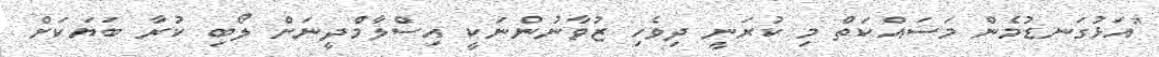
"އަޅުގަނޑުމެން މަސައްކަތް މި ކުރަނީ ދިވެހި ޒުވާނުންނަކީ އިސްލާމްދީނަށް ލޯބި ކުރާ ބަޔަކަށް